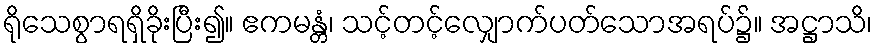
ရိုသေစွာရရှိခိုးပြီး၍။ ဧကမန္တံ၊ သင့်တင့်လျှောက်ပတ်သောအရပ်၌။ အဋ္ဌာသိ၊